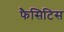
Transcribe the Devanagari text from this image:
फैसिटिस